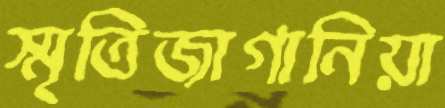
স্মৃতিজাগানিয়া